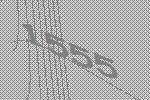
1555